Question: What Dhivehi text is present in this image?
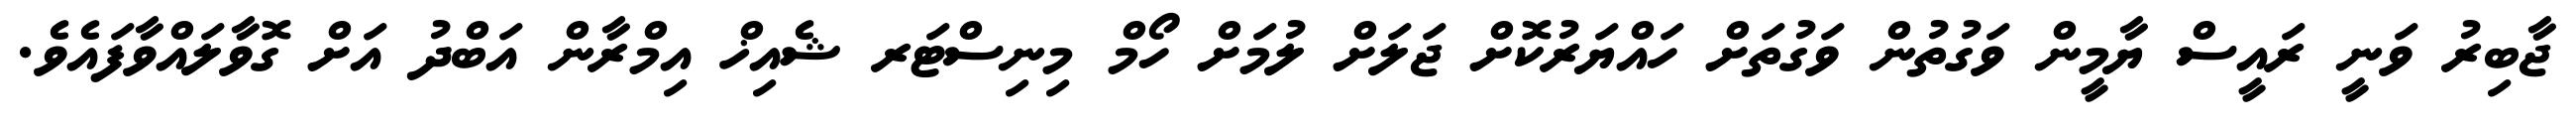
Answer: ޖާބިރު ވަނީ ރައީސް ޔާމީން ވަގުތުން ވަގުތަށް ހައްޔަރުކޮށް ޖަލަށް ލުމަށް ހޯމް މިނިސްޓަރ ޝެއިޚް އިމްރާން އަބްދު އަށް ގޮވާލައްވާފައެވެ.